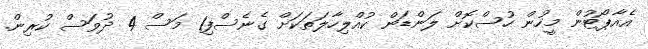
އެއާޕޯޓުން މީހުން ހުސްކޮށް ލަންޑަން ކުއްލިހާލަތަކަށް ގެނެސްފި1 މަސް 4 ދުވަސް ކުރިން.